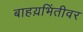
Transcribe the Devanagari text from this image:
बाहय़भिंतीवर